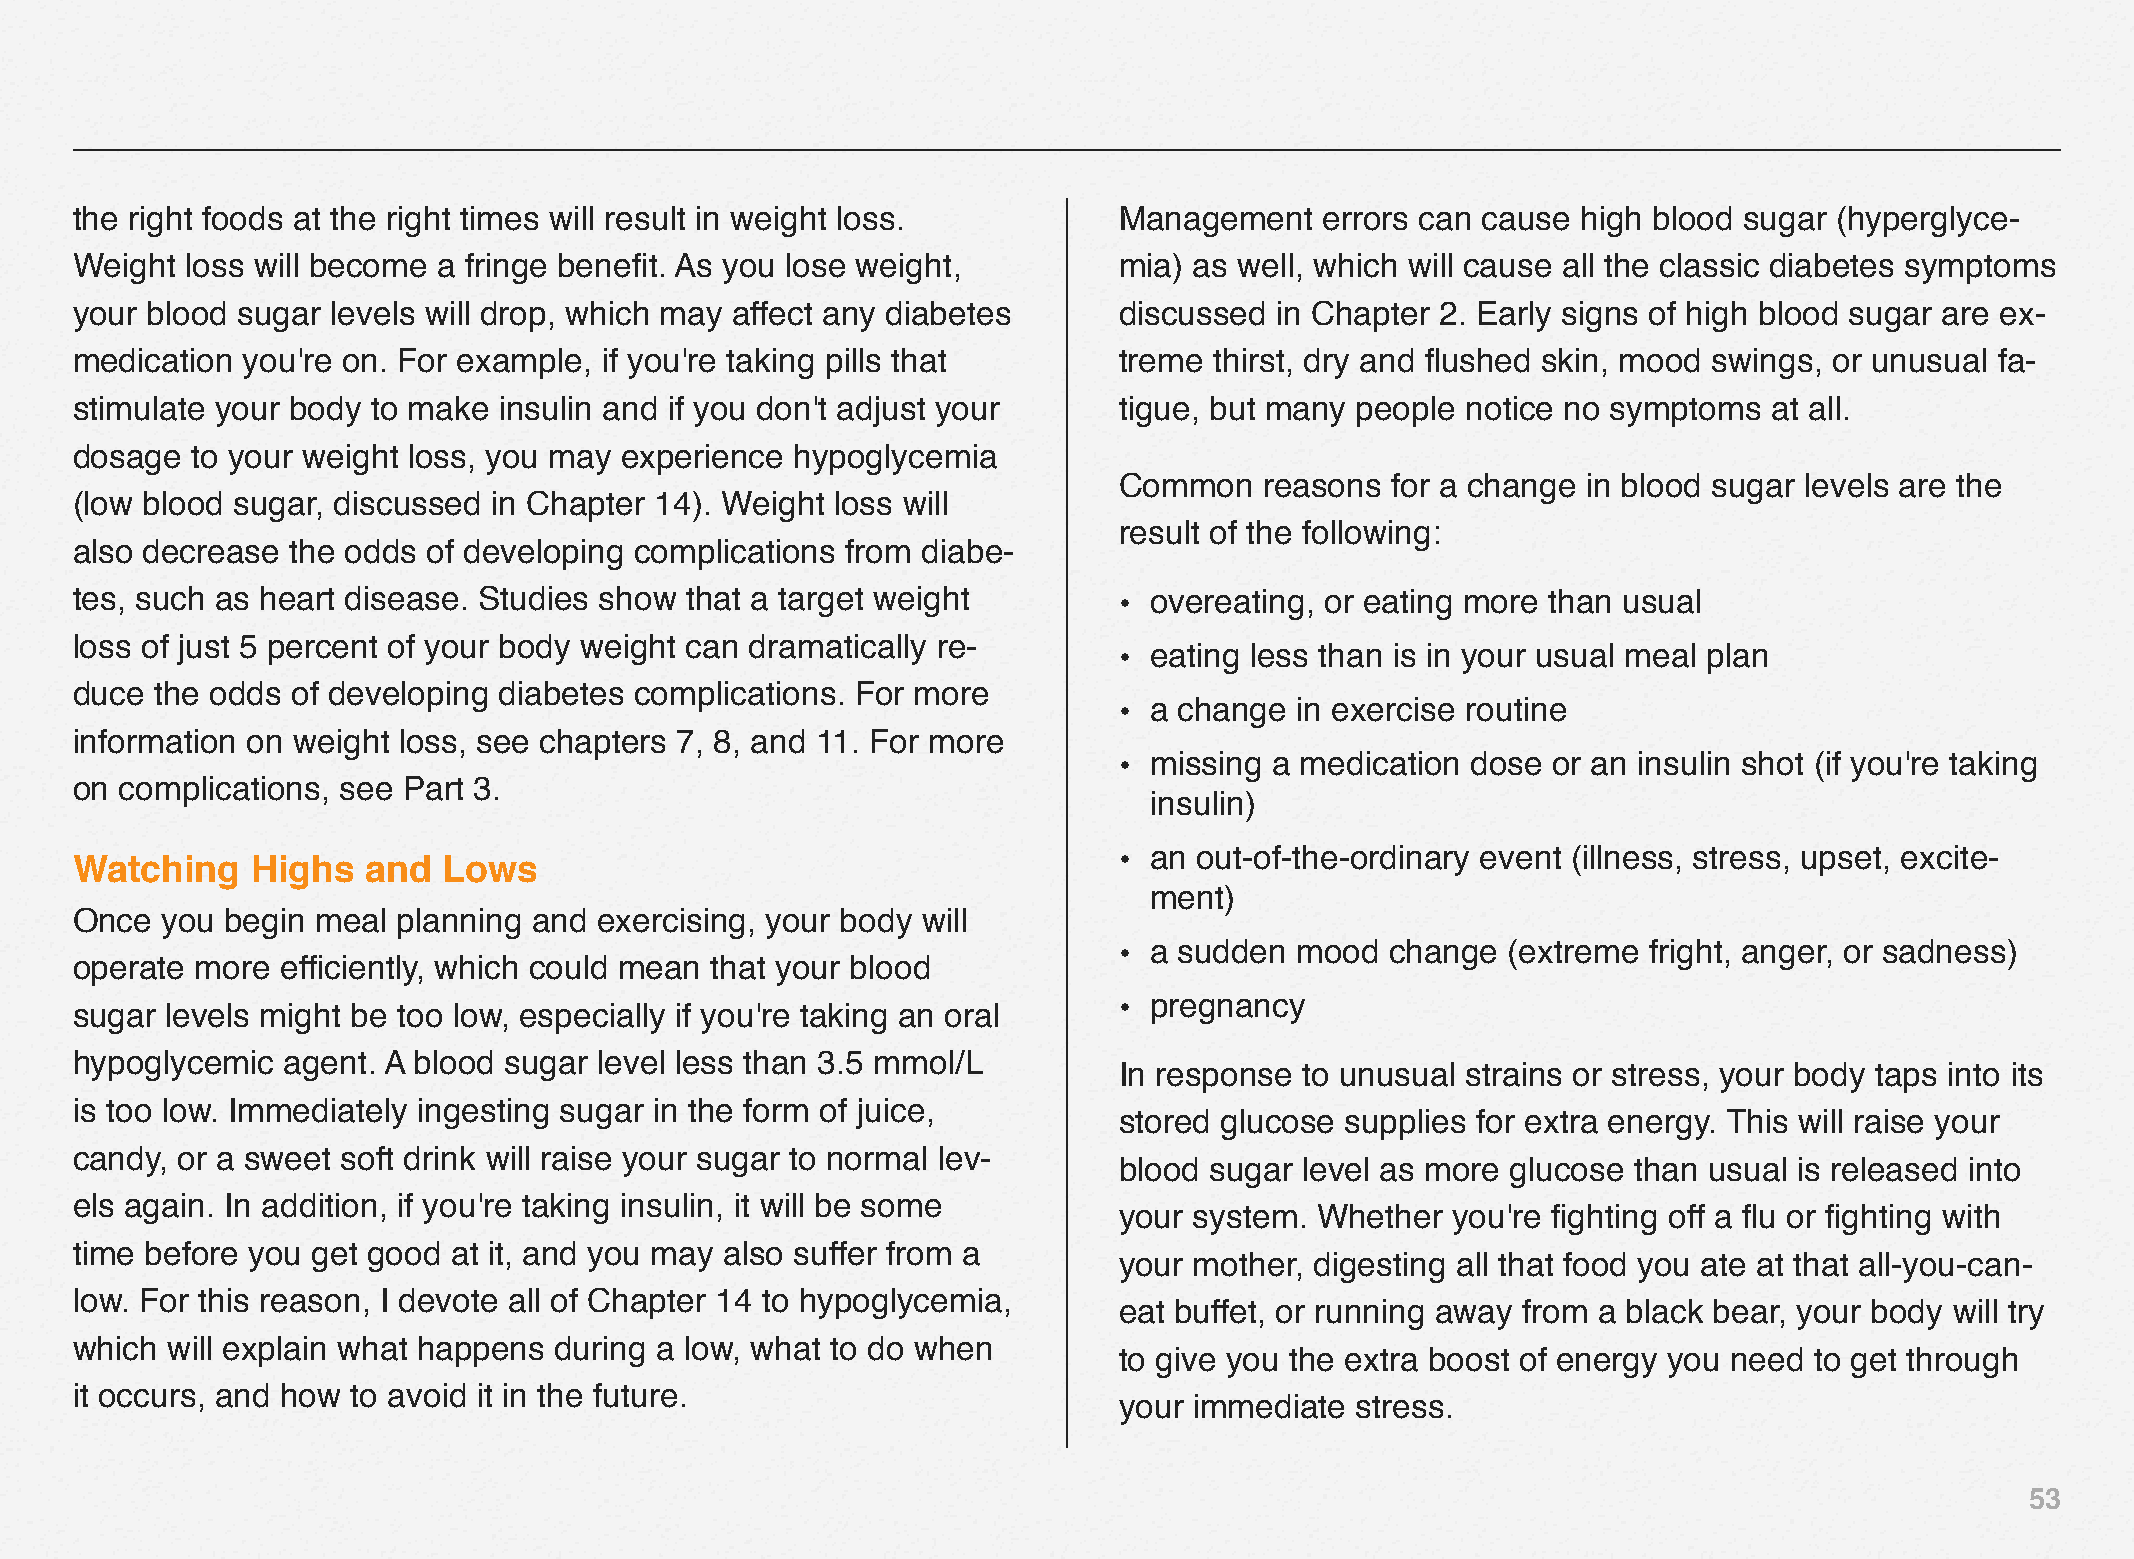
the right foods at the right times will result in weight loss.       Management    errors can cause high blood sugar (hyperglyce-
 Weight loss will become a fringe benefit. As you lose weight,        mia) as well, which will cause all the classic diabetes symptoms
 your blood sugar levels will drop, which may affect any diabetes     discussed in Chapter 2. Early signs of high blood sugar are ex-
 medication you're on. For example, if you're taking pills that       treme thirst, dry and flushed skin, mood swings, or unusual fa-
 stimulate your body to make insulin and if you don't adjust your     tigue, but many people notice no symptoms  at all.
 dosage  to your weight loss, you may experience hypoglycemia
 Common    reasons for a change in blood sugar levels are the
 (low blood sugar, discussed in Chapter 14). Weight loss will
 result of the following:
 also decrease the odds of developing complications from diabe-
 tes, such as heart disease. Studies show that a target weight        • overeating, or eating more than usual
 loss of just 5 percent of your body weight can dramatically re-
 • eating less than is in your usual meal plan
 duce the odds of developing diabetes complications. For more
 • a change  in exercise routine
 information on weight loss, see chapters 7, 8, and 11. For more
 • missing a medication dose  or an insulin shot (if you're taking
 on complications, see Part 3.
 insulin)
 • an out-of-the-ordinary event (illness, stress, upset, excite-
 Watching    Highs  and  Lows
 ment)
 Once  you begin meal planning and  exercising, your body will
 • a sudden  mood  change  (extreme fright, anger, or sadness)
 operate more  efficiently, which could mean that your blood
 • pregnancy
 sugar levels might be too low, especially if you're taking an oral
 hypoglycemic  agent. A blood sugar level less than 3.5 mmol/L
 In response to unusual strains or stress, your body taps into its
 is too low. Immediately ingesting sugar in the form of juice,
 stored glucose supplies for extra energy. This will raise your
 candy, or a sweet soft drink will raise your sugar to normal lev-
 blood sugar level as more glucose than usual is released into
 els again. In addition, if you're taking insulin, it will be some
 your system. Whether  you're fighting off a flu or fighting with
 time before you get good at it, and you may also suffer from a
 your mother, digesting all that food you ate at that all-you-can-
 low. For this reason, I devote all of Chapter 14 to hypoglycemia,
 eat buffet, or running away from a black bear, your body will try
 which will explain what happens during a low, what to do when
 to give you the extra boost of energy you need to get through
 it occurs, and how to avoid it in the future.
 your immediate  stress.
 53